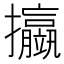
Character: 𢺆